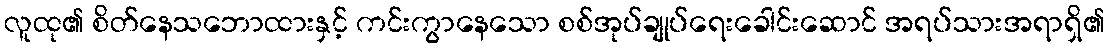
လူထု၏ စိတ်နေသဘောထားနှင့် ကင်းကွာနေသော စစ်အုပ်ချုပ်ရေးခေါင်းဆောင် အရပ်သားအရာရှိ၏